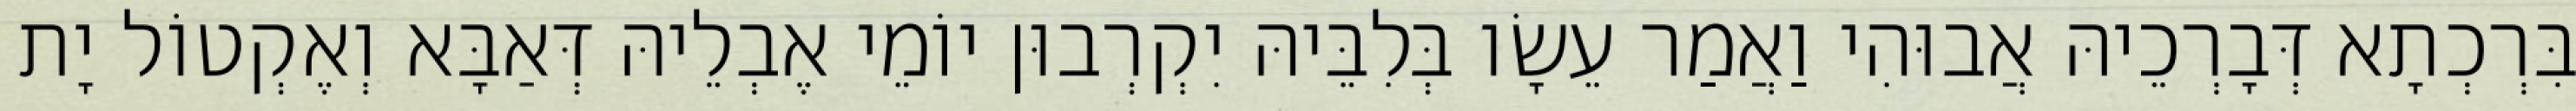
בִּרְכְתָא דְּבָרְכֵיהּ אֲבוּהִי וַאֲמַר עֵשָׂו בְּלִבֵּיהּ יִקְרְבוּן יוֹמֵי אֶבְלֵיהּ דְּאַבָּא וְאֶקְטוֹל יָת